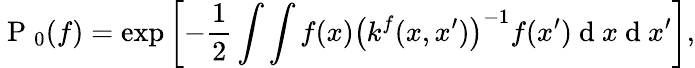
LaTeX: \mathrm{~P~}_{0}({f})=\exp\left[-\frac{1}{2}\int\int f(x)\left(k^{f}(x,x^{\prime})\right)^{-1}f(x^{\prime})\mathrm{~d~}x\mathrm{~d~}x^{\prime}\right],